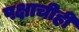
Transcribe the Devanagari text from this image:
पक्षाचीही